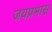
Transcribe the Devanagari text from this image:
जयप्रभास